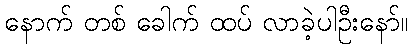
နောက် တစ် ခေါက် ထပ် လာခဲ့ပါဦးနော်။